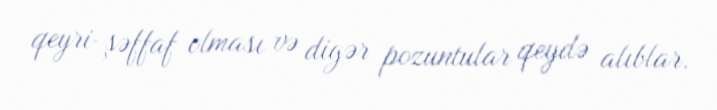
qeyri-şəffaf olması və digər pozuntular qeydə alıblar.